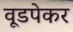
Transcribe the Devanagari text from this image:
वूडपेकर